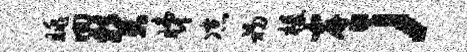
眺回癸睇凉初榛岸；